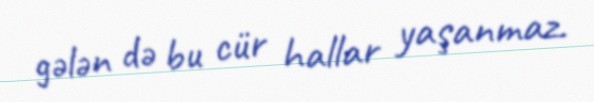
gələn də bu cür hallar yaşanmaz.